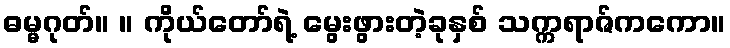
ဓမ္မဂုတ်။ ။ ကိုယ်တော်ရဲ့ မွေးဖွားတဲ့ခုနှစ် သက္ကရာဇ်ကကော။